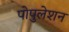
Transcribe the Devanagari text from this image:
पोपुलेशन